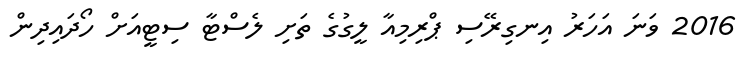
2016 ވަނަ އަހަރު އިނގިރޭސި ޕްރިމިއާ ލީގުގެ ތަށި ލެސްޓާ ސިޓީއަށް ހޯދައިދިން